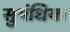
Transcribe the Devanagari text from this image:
सुगंधिया